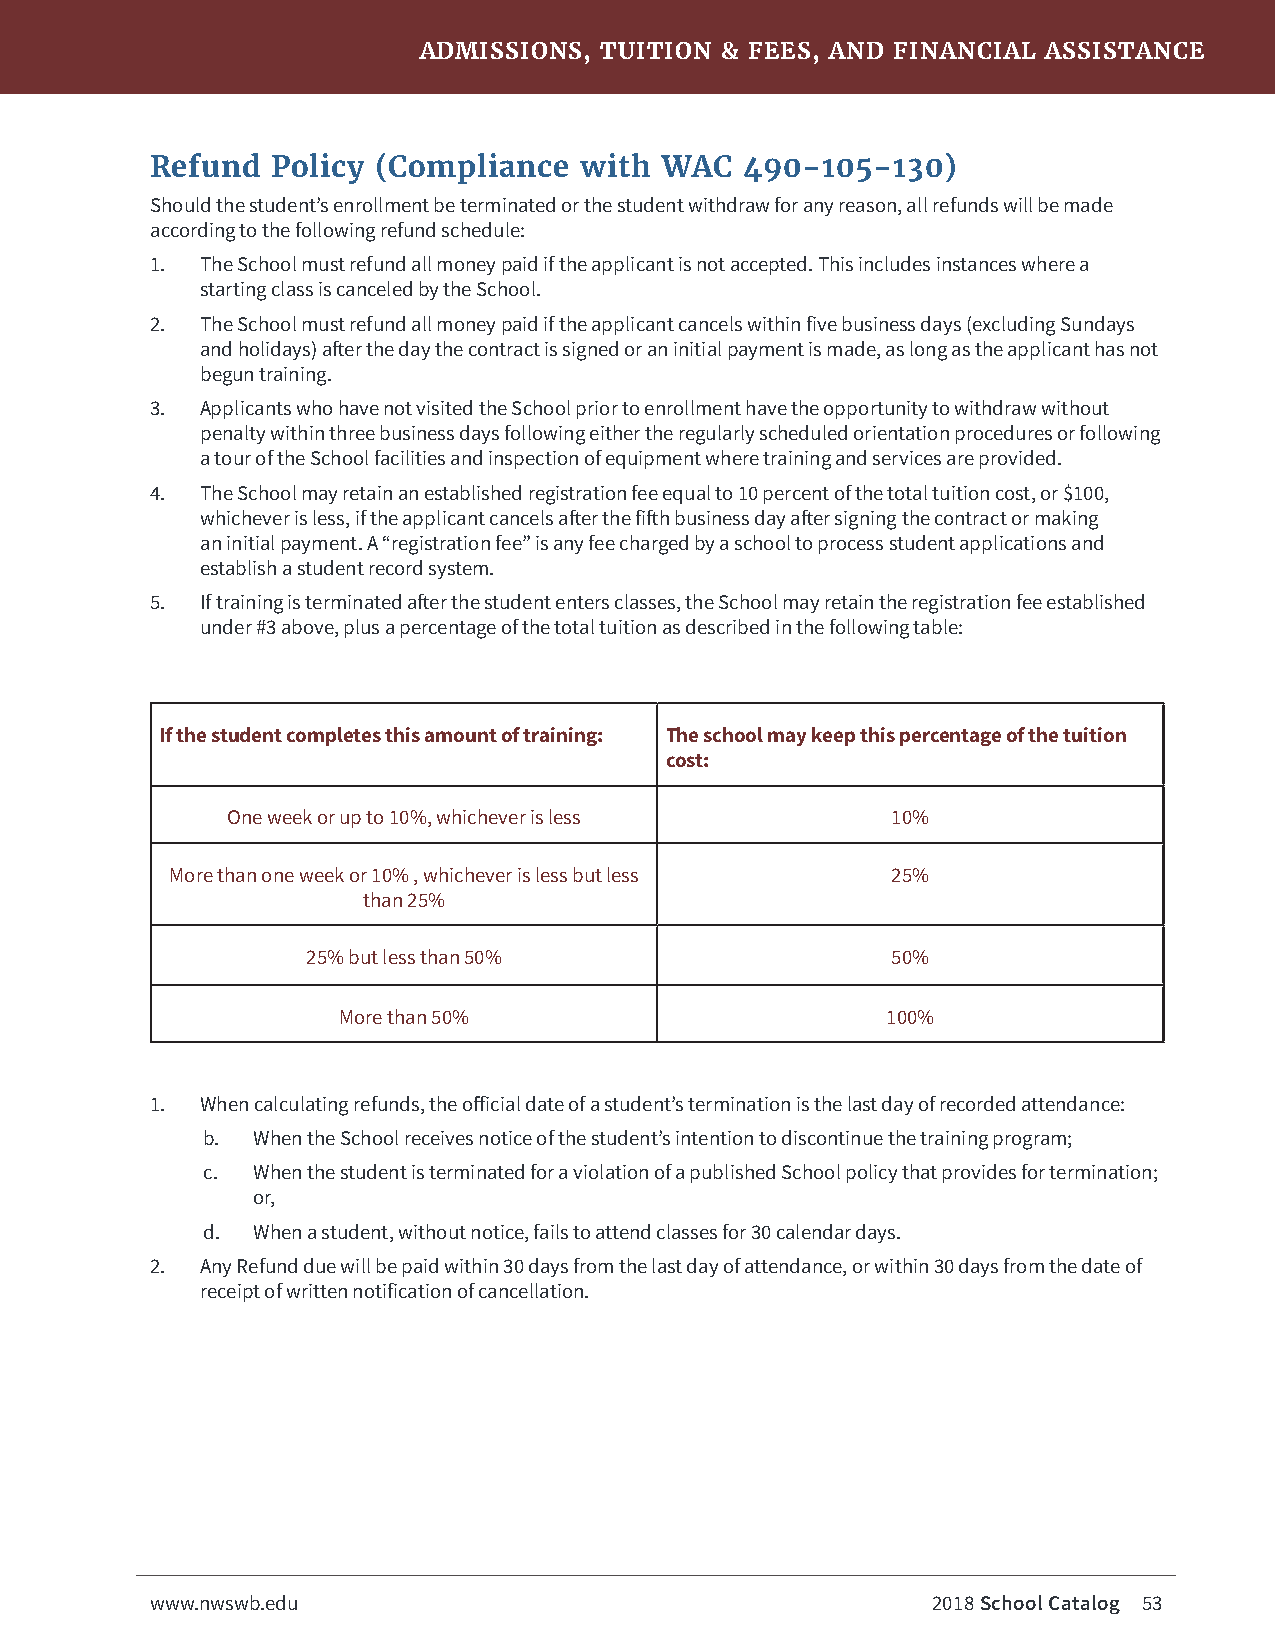
ADMISSIONS, TUITION & FEES, AND FINANCIAL ASSISTANCE
 Refund  Policy (Compliance  with  WAC  490-105-130)
 Should the student’s enrollment be terminated or the student withdraw for any reason, all refunds will be made
 according to the following refund schedule:
 1. The School must refund all money paid if the applicant is not accepted. This includes instances where a
 starting class is canceled by the School.
 2. The School must refund all money paid if the applicant cancels within five business days (excluding Sundays
 and holidays) after the day the contract is signed or an initial payment is made, as long as the applicant has not
 begun training.
 3. Applicants who have not visited the School prior to enrollment have the opportunity to withdraw without
 penalty within three business days following either the regularly scheduled orientation procedures or following
 a tour of the School facilities and inspection of equipment where training and services are provided.
 4. The School may retain an established registration fee equal to 10 percent of the total tuition cost, or $100,
 whichever is less, if the applicant cancels after the fifth business day after signing the contract or making
 an initial payment. A “registration fee” is any fee charged by a school to process student applications and
 establish a student record system.
 5. If training is terminated after the student enters classes, the School may retain the registration fee established
 under #3 above, plus a percentage of the total tuition as described in the following table:
 If the student completes this amount of training: The school may keep this percentage of the tuition
 cost:
 One week or up to 10%, whichever is less    10%
 More than one week or 10% , whichever is less but less 25%
 than 25%
 25% but less than 50%                  50%
 More than 50%                        100%
 1. When calculating refunds, the official date of a student’s termination is the last day of recorded attendance:
 b.  When the School receives notice of the student’s intention to discontinue the training program;
 c.  When the student is terminated for a violation of a published School policy that provides for termination;
 or,
 d.  When a student, without notice, fails to attend classes for 30 calendar days.
 2. Any Refund due will be paid within 30 days from the last day of attendance, or within 30 days from the date of
 receipt of written notification of cancellation.
 www.nwswb.edu                                       2018 School Catalog 53